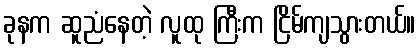
ခုနက ဆူညံနေတဲ့ လူထု ကြီးက ငြိမ်ကျသွားတယ်။